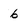
Character: 6